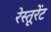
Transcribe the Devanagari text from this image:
रेस्तूरेंट